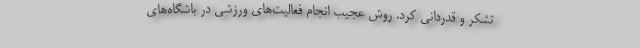
تشکر و قدردانی کرد. روش عجیب انجام فعالیت‌های ورزشی در باشگاه‌های